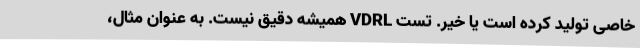
خاصی تولید کرده است یا خیر. تست VDRL همیشه دقیق نیست. به عنوان مثال،